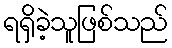
ရရှိခဲ့သူဖြစ်သည်